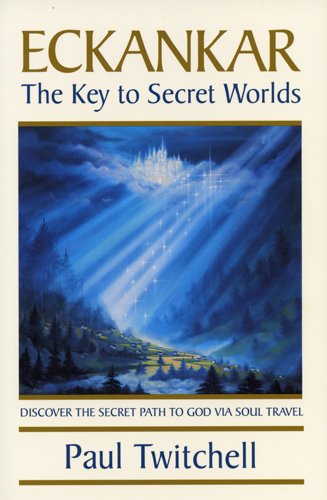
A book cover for Eckankar: The Key to Secret Worlds; Paul Twitchell; Religion & Spirituality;